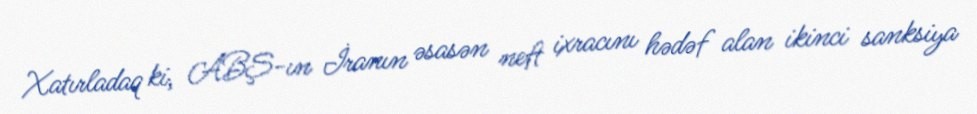
Xatırladaq ki, ABŞ-ın İranın əsasən neft ixracını hədəf alan ikinci sanksiya